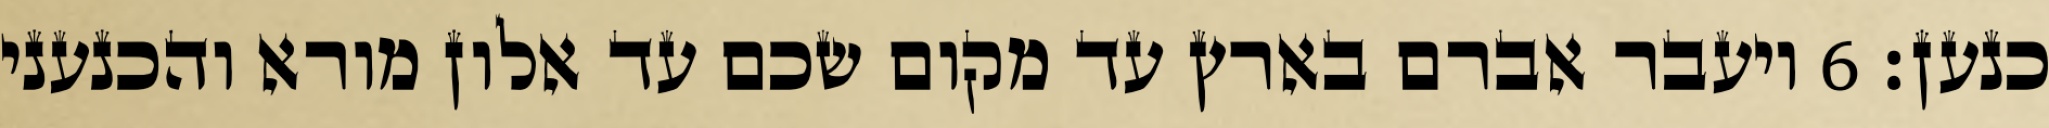
כנען׃ ‎6‏ ויעבר אברם בארץ עד מקום שכם עד אלון מורא והכנעני